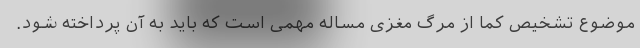
موضوع تشخیص کما از مرگ مغزی مساله مهمی است که باید به آن پرداخته شود.